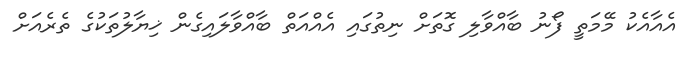
އެއާއެކު މޭމަތީ ފޯނު ބާއްވާލި ގޮތަށް ނިތުގައި އެއްއަތް ބާއްވާލައިގެން ޚިޔާލުތަކުގެ ތެރެއަށް